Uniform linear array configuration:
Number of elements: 64
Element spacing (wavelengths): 0.25
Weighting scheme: cosine
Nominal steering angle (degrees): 60
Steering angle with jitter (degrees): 59.586
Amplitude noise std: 0.05
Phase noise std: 0.05

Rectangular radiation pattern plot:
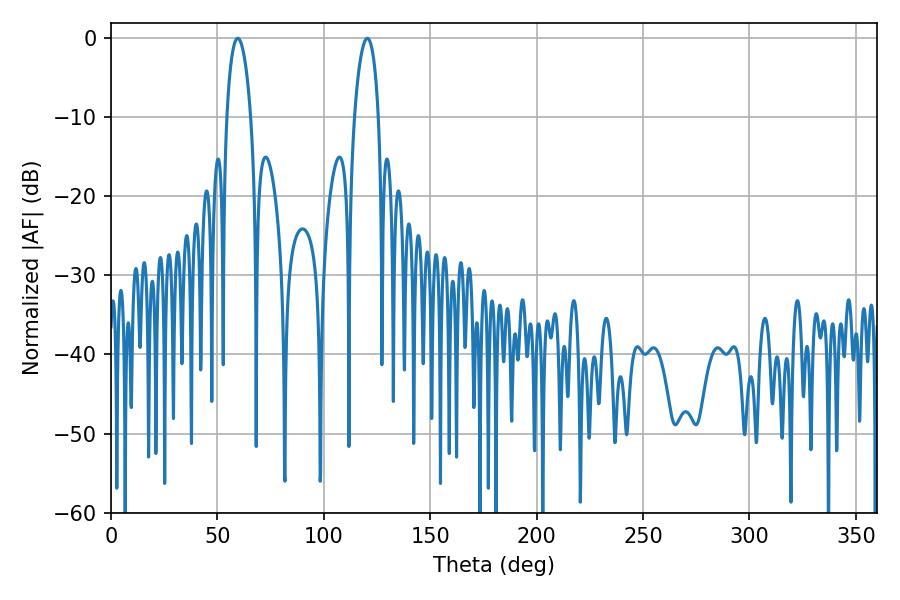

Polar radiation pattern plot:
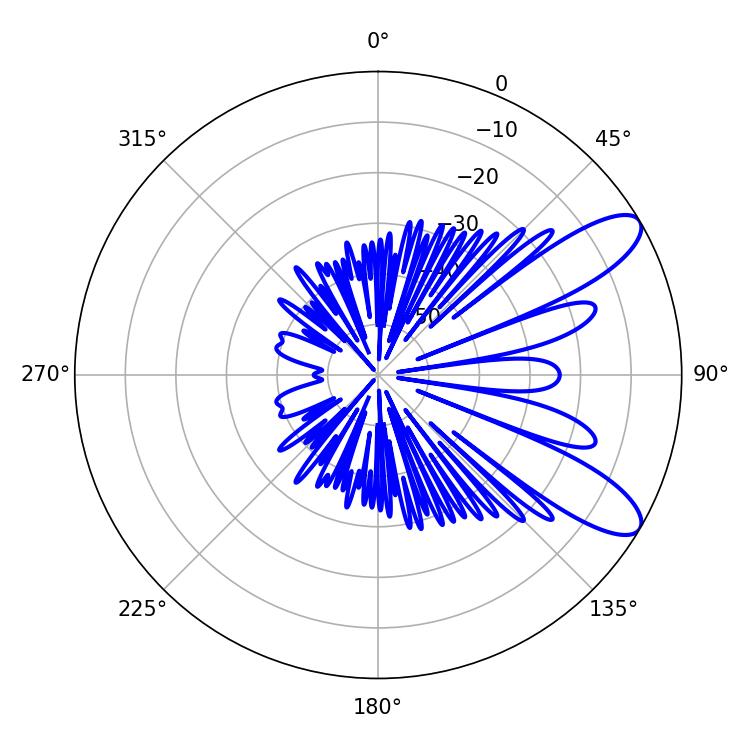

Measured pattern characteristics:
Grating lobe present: FALSE
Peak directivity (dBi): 9.706
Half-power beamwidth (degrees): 6.48
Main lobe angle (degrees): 59.58